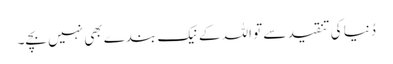
دُنیا کی تنقید سے تو اللہ کے نیک بندے بھی نہیں بچے۔